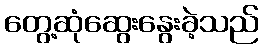
တွေ့ဆုံဆွေးနွေးခဲ့သည်